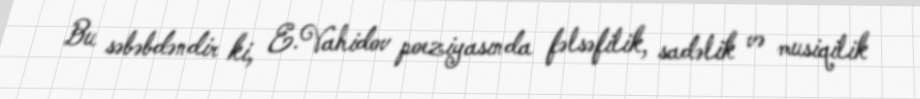
Bu səbəbdəndir ki, E.Vahidov poeziyasında fəlsəfilik, sadəlik və musiqilik